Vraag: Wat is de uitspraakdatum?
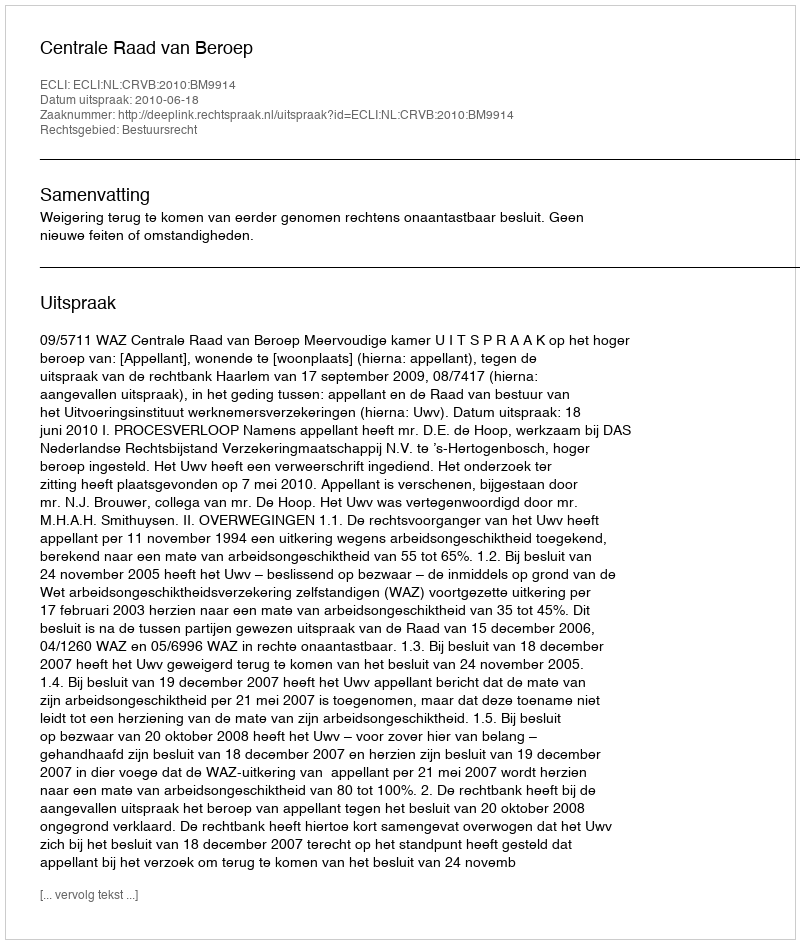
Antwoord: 2010-06-18